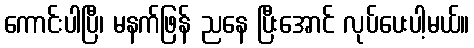
ကောင်းပါပြီ၊ မနက်ဖြန် ညနေ ပြီးအောင် လုပ်ပေးပါ့မယ်။